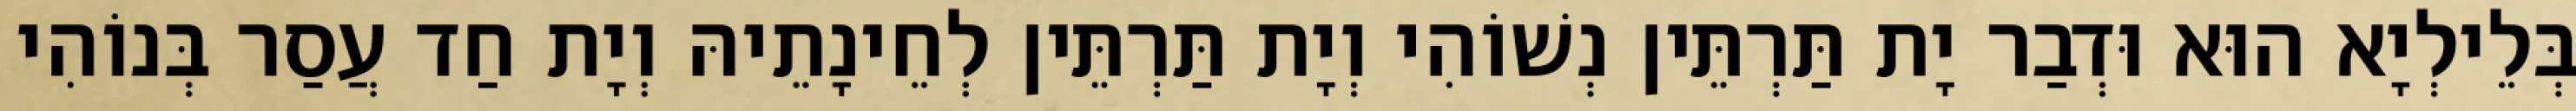
בְּלֵילְיָא הוּא וּדְבַר יָת תַּרְתֵּין נְשׁוֹהִי וְיָת תַּרְתֵּין לְחֵינָתֵיהּ וְיָת חַד עֲסַר בְּנוֹהִי